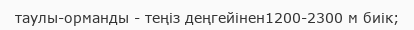
таулы-орманды - теңіз деңгейінен1200-2300 м биік;